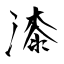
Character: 漆